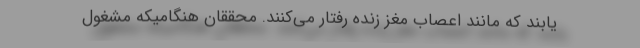
یابند که مانند اعصاب مغز زنده رفتار می‌کنند. محققان هنگامیکه مشغول